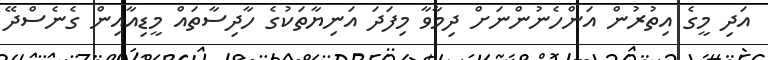
އަދި މީގެ އިތުރުން އަންހެނުންނަށް ދިމާވާ މިފަދަ އަނިޔާތަކުގެ ހާދިސާތައް މީޑިއާއިން ގެނެސްދޭ